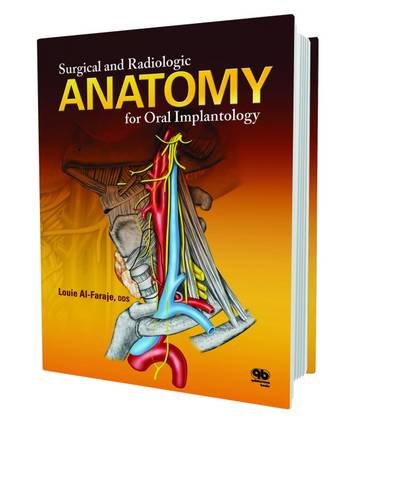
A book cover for Surgical and Radiologic Anatomy for Oral Implantology; Louie Al-Faraje; Medical Books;